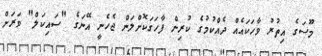
މޫސަގެ އިތުރު ވާހަކައެއް ދެއްކުމުގެ ކުރިން ފާހަގަކޮށްލަން ޖެހެނީ އޭނަގެ "ސައިކަލް" ވަރަށް